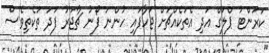
ކަރަންޓު ޕްލަގް އަދި އެތަކެއްޗަށް ޖަހާފައި ހުންނަ ފޯނު ޗާޖަރު ފަދަ ތަކެތިވެސް